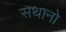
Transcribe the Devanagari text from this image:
सथानो